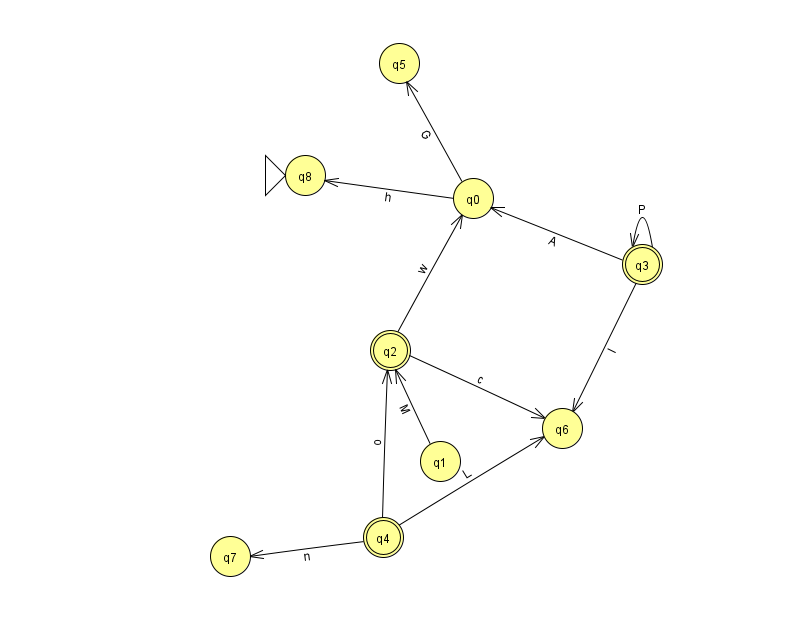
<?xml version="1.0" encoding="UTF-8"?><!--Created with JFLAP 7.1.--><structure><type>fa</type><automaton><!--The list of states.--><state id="0" name="q0"><x>473.0</x><y>185.0</y></state><state id="1" name="q1"><x>440.0</x><y>448.0</y></state><state id="2" name="q2"><x>390.0</x><y>337.0</y><final/></state><state id="3" name="q3"><x>642.0</x><y>251.0</y><final/></state><state id="4" name="q4"><x>383.0</x><y>524.0</y><final/></state><state id="5" name="q5"><x>399.0</x><y>50.0</y></state><state id="6" name="q6"><x>562.0</x><y>415.0</y></state><state id="7" name="q7"><x>230.0</x><y>543.0</y></state><state id="8" name="q8"><x>305.0</x><y>162.0</y><initial/></state><!--The list of transitions.--><transition><from>0</from><to>8</to><read>h</read></transition><transition><from>3</from><to>3</to><read>P</read></transition><transition><from>2</from><to>0</to><read>w</read></transition><transition><from>4</from><to>6</to><read>L</read></transition><transition><from>4</from><to>7</to><read>n</read></transition><transition><from>3</from><to>6</to><read>l</read></transition><transition><from>3</from><to>0</to><read>A</read></transition><transition><from>4</from><to>2</to><read>o</read></transition><transition><from>0</from><to>5</to><read>G</read></transition><transition><from>1</from><to>2</to><read>M</read></transition><transition><from>2</from><to>6</to><read>c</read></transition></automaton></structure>